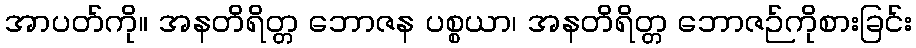
အာပတ်ကို။ အနတိရိတ္တ ဘောဇန ပစ္စယာ၊ အနတိရိတ္တ ဘောဇဉ်ကိုစားခြင်း